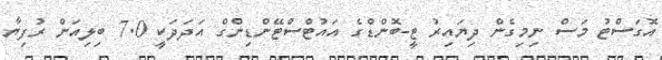
އޮގަސްޓު މަސް ނިމިގެން ދިޔައިރު ޓީ-ބޮންޑްގެ އައުޓްސްޓޭންޑިންގް އަދަދަކީ 7.0 ބިލިއަން ރުފިޔާ